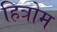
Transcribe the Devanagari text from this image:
हित्रोम